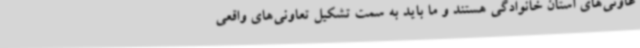
عاونی‌های استان خانوادگی هستند و ما باید به سمت تشکیل تعاونی‌های واقعی